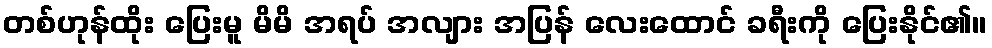
တစ်ဟုန်ထိုး ပြေးမူ မိမိ အရပ် အလျား အပြန် လေးထောင် ခရီးကို ပြေးနိုင်၏။